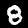
Label: 8